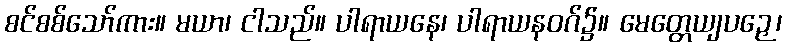
စင်စစ်သော်ကား။ မယာ၊ ငါသည်။ ပါရာယနေ၊ ပါရာယနဝဂ်၌။ မေတ္တေယျပဉှေ၊